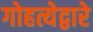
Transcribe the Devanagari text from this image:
गोहत्येद्वारे